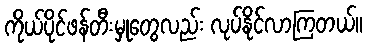
ကိုယ်ပိုင်ဖန်တီးမှုတွေလည်း လုပ်နိုင်လာကြတယ်။